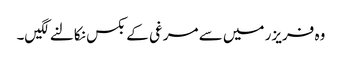
وہ فریزر میں سے مرغی کے بکس نکالنے لگیں۔